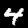
Digit: 4